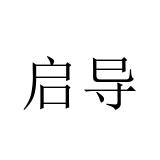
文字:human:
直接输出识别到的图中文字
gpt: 启导